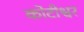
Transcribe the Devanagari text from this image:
कोटीश्वर